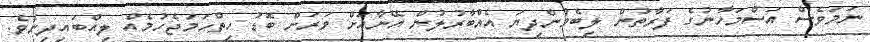
ނަމަވެސް އަސްމަހާނުގެ ފަރާތުން ލިބެމުންދިޔަ އެއްބާރުލުން އޭނާއަށް ވަރަށް ބޮޑު ހިތްހަމަޖެހުމެއް ލިއްބައިދިނެވެ.